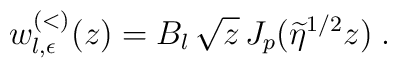
w^{(<)}_{l,\epsilon}(z)=B_{l}\,\sqrt{z}\,J_{p}( \widetilde{\eta}^{1/2} z)\; .